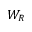
W _ { R }